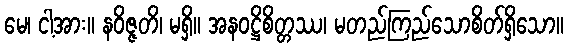
မေ၊ ငါ့အား။ နဝိဇ္ဇတိ၊ မရှိ။ အနဝဋ္ဌိစိတ္တဿ၊ မတည်ကြည်သောစိတ်ရှိသော။